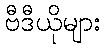
ဗီဒီယိုများ